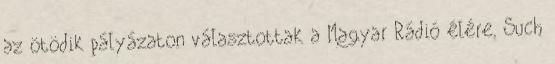
az ötödik pályázaton választottak a Magyar Rádió élére. Such